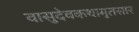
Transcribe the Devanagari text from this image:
वासुदेवकथामृतसार